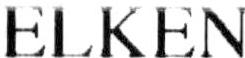
ELKEN